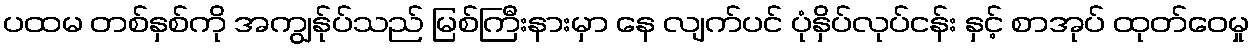
ပထမ တစ်နှစ်ကို အကျွန်ုပ်သည် မြစ်ကြီးနားမှာ နေ လျက်ပင် ပုံနှိပ်လုပ်ငန်း နှင့် စာအုပ် ထုတ်ဝေမှု